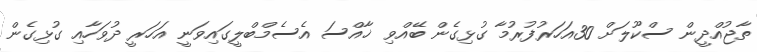
ތާޖުއްދީން ސްކޫލަށް 30އަހަރުފުރުމާ ގުޅިގެން ބޭއްވި ޚާއްސަ އެސެމްބްލީގައިވަނީ އަހަރީ ދުވަހާއި ގުޅިގެން